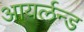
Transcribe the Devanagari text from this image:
आयर्लन्ड